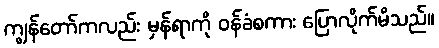
ကျွန်တော်ကလည်း မှန်ရာကို ဝန်ခံစကား ပြောလိုက်မိသည်။